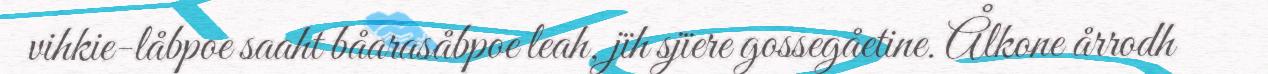
vihkie-låbpoe saaht båarasåbpoe leah, jïh sjïere gossegåetine. Ålkone årrodh